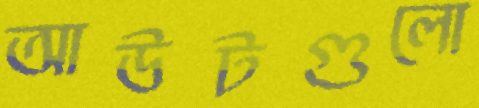
আউটগুলো